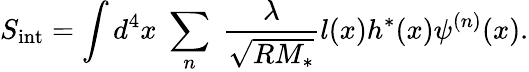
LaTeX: S_{\mathrm{int}}=\int d^{4}x\; \sum_{n}\; \frac{\lambda}{\sqrt{RM_{\ast}}}l(x)h^{\ast}(x)\psi^{(n)}(x).